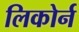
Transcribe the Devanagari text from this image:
लिकोर्न